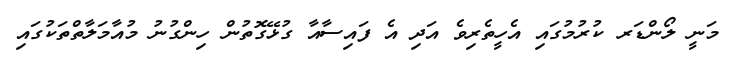
މަނީ ލޯންޑަރ ކުރުމުގައި އެހީތެރިވެ އަދި އެ ފައިސާއާ ގުޅޭގޮތުން ހިންގުނު މުއާމަލާތްތަކުގައި